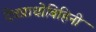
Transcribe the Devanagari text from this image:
देवप्राधोबिहिनी